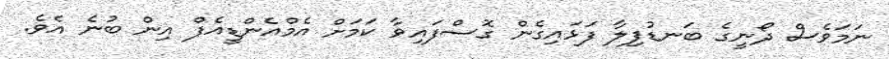
ނަމަވެސް ދޯނީގެ ބަނޑުފިލާ ފަޅައިގެން ގޮސްފައިވާ ކަމަށް އެމްއެންޑީއެފް އިން ބުނެ އެވެ.